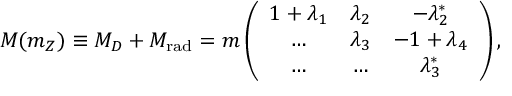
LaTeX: M ( m _ { Z } ) \equiv M _ { D } + M _ { \mathrm { r a d } } = m \left( \begin{array} { c c c } { { 1 + \lambda _ { 1 } } } & { { \lambda _ { 2 } } } & { { - \lambda _ { 2 } ^ { * } } } \\ { { \dots } } & { { \lambda _ { 3 } } } & { { - 1 + \lambda _ { 4 } } } \\ { { \dots } } & { { \dots } } & { { \lambda _ { 3 } ^ { * } } } \end{array} \right) ,